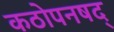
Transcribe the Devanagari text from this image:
कठोपनषद्